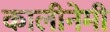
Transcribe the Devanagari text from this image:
कालीनेमी